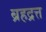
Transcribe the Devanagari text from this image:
ब्रहद्रत्त